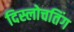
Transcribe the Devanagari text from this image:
दिस्लोचतिंग